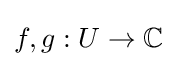
f,g:U\to \mathbb {C}